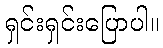
ရှင်းရှင်းပြောပါ။